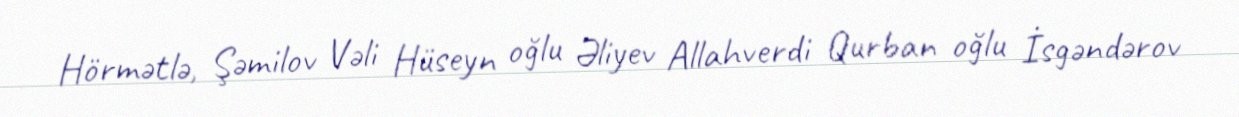
Hörmətlə, Şəmilov Vəli Hüseyn oğlu Əliyev Allahverdi Qurban oğlu İsgəndərov